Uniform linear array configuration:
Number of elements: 24
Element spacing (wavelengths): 0.25
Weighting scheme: blackman
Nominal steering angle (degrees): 45
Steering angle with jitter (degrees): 43.736
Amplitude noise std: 0.05
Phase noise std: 0.05

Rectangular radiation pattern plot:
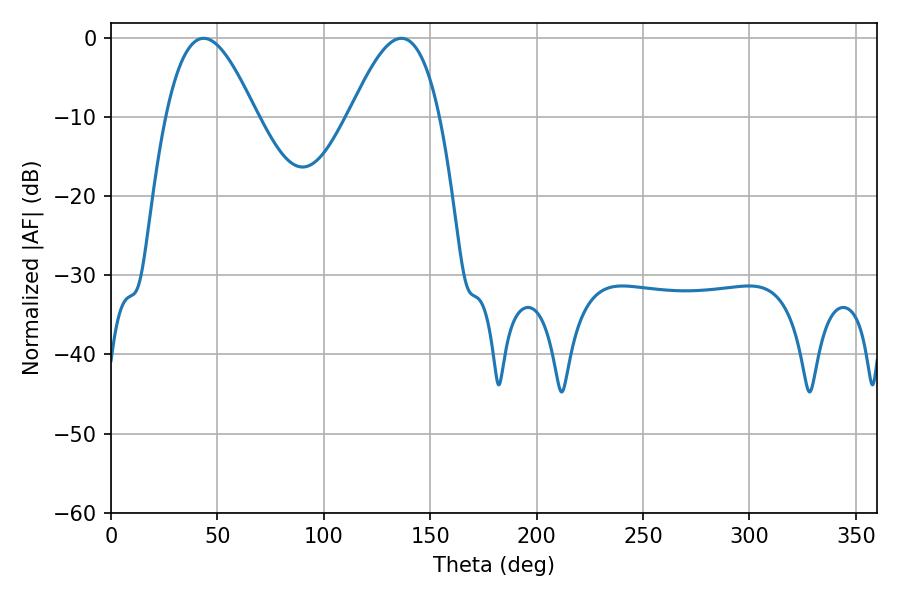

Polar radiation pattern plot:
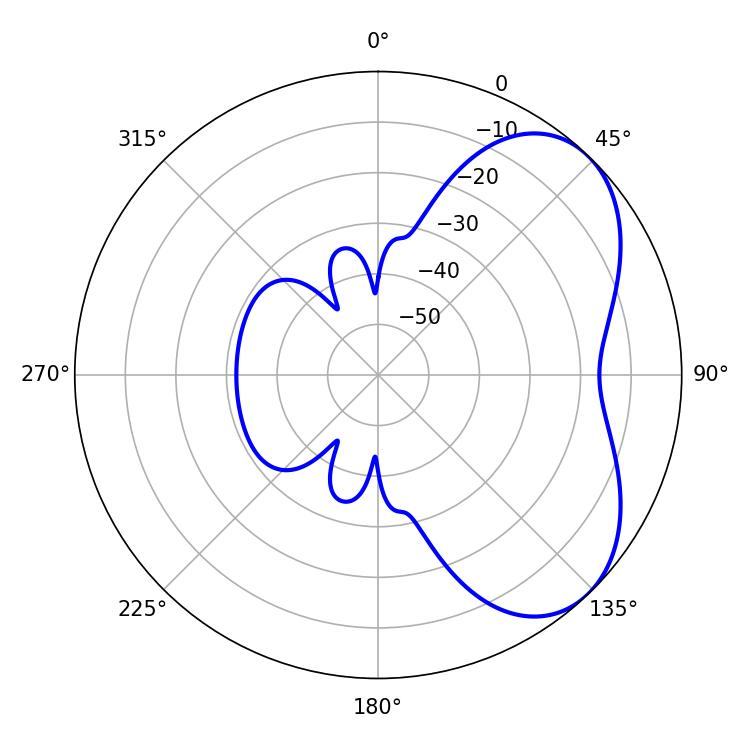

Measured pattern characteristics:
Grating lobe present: FALSE
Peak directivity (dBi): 5.012
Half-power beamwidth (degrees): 23.04
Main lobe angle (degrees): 43.56